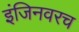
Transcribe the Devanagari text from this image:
इंजिनवरच